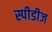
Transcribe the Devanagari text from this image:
स्पीडीज